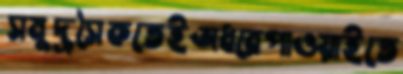
সমুদ্রসৈকতেইঅধরেপাওয়াইতে